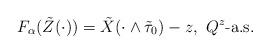
LaTeX: \begin{align*}F_\alpha(\tilde Z(\cdot))=\tilde X(\cdot\wedge\tilde\tau_0)-z,\ Q^z\hbox{-a.s.}\end{align*}